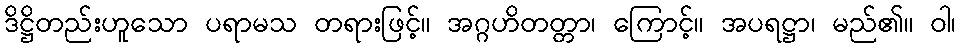
ဒိဋ္ဌိတည်းဟူသော ပရာမသ တရားဖြင့်။ အဂ္ဂဟိတတ္တာ၊ ကြောင့်။ အပရဋ္ဌာ၊ မည်၏။ ဝါ၊